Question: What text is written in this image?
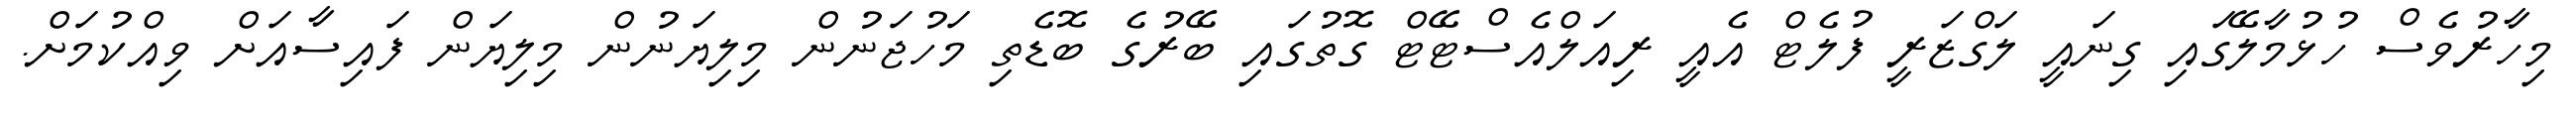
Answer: މިހާރުވެސް ހުޅުމާލޭގައި ގިނައީ ލަގްޒަރީ ފުލެޓް އެއީ ރިއަލްއެސްޓޭޓް ގޮތުގައި ބޭރުގެ ބޮޑެތި މަހުޖަނުން މިލިޔަނުން މިލިޔަން ފައިސާއަށް ވިއްކުމަށް.